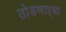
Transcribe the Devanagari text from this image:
तोडणाऱ्या